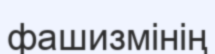
фашизмінің